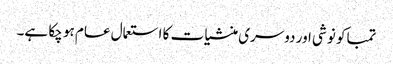
تمباکو نوشی اور دوسری منشیات کا استعمال عام ہو چکا ہے۔